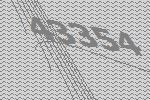
43354